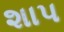
શાપ